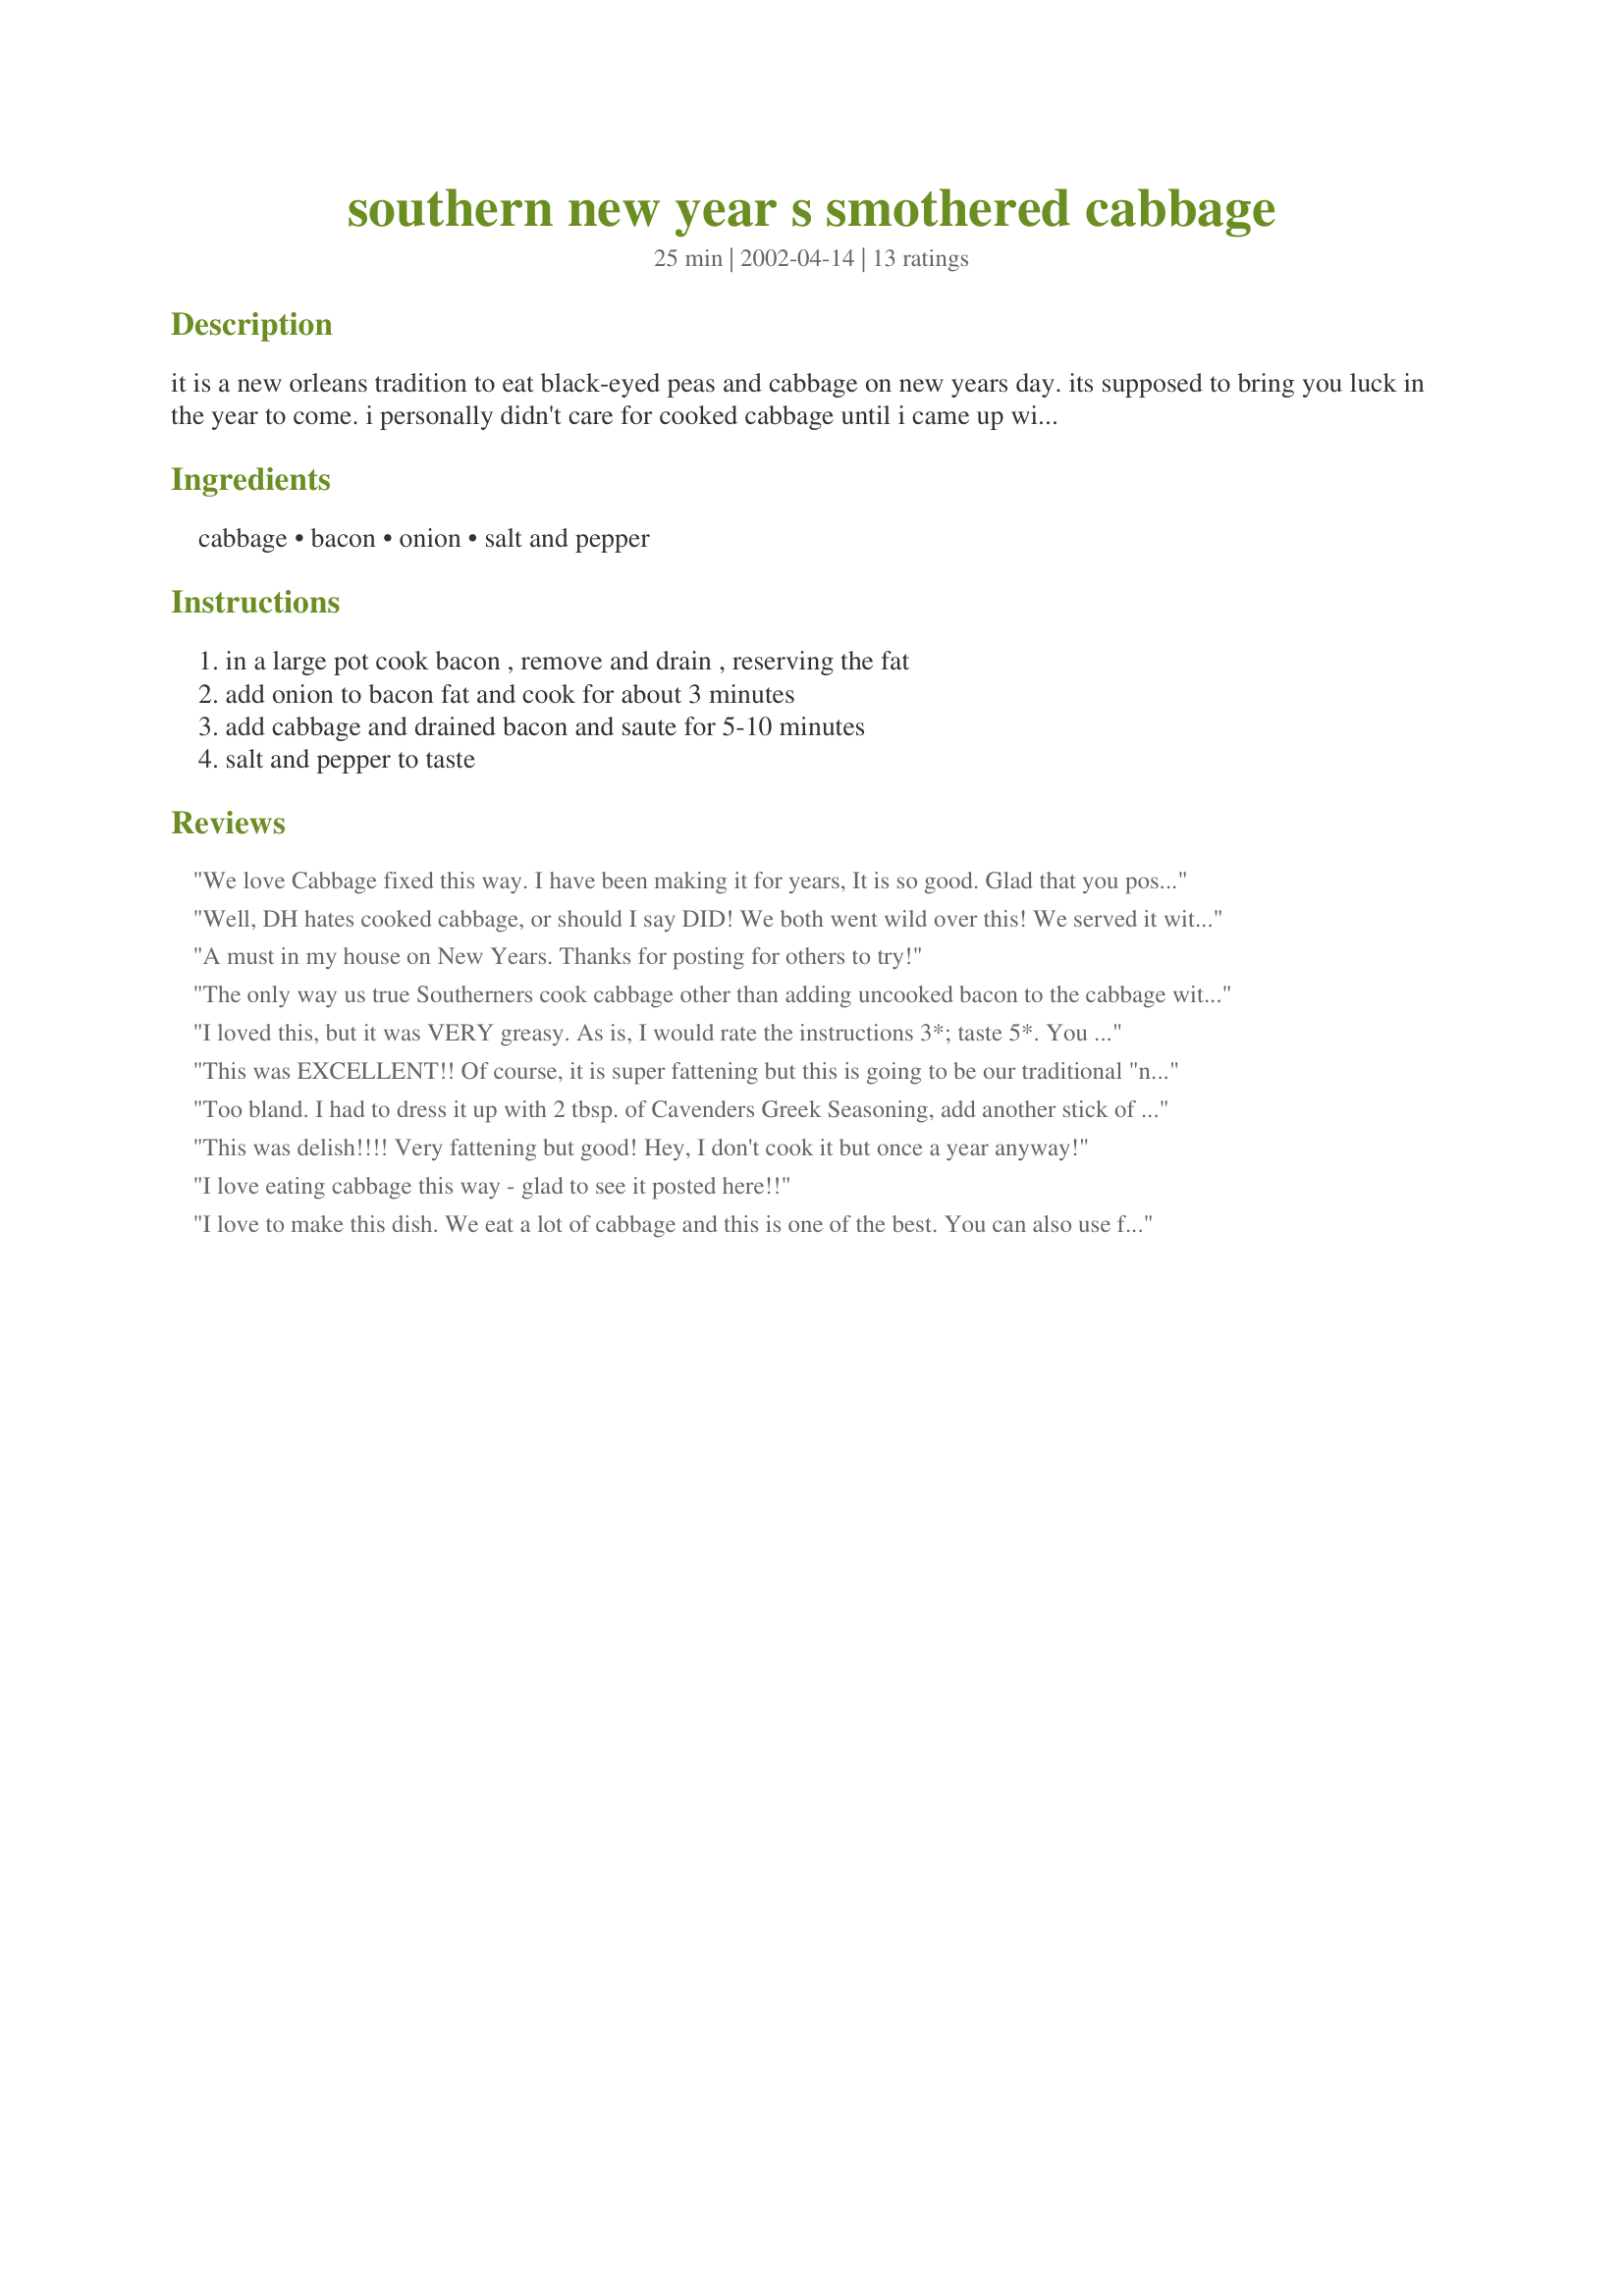
southern new year s smothered cabbage
Preparation time: 25 minutes

it is a new orleans tradition to eat black-eyed peas and cabbage on new years day. its supposed to bring you luck in the year to come. i personally didn't care for cooked cabbage until i came up with this recipe.

Ingredients:
cabbage, bacon, onion, salt and pepper

Steps:
in a large pot cook bacon , remove and drain , reserving the fat, add onion to bacon fat and cook for about 3 minutes, add cabbage and drained bacon and saute for 5-10 minutes, salt and pepper to taste

Reviews:
We love Cabbage fixed this way. I have been making it for years, It is so good. Glad that you posted the recipe for others to enjoy.
Well, DH hates cooked cabbage, or should I say DID! We both went wild over this! We served it with Amy V's pork chops and noodles (there went the cholestrol count..)and were in heaven. The flavor the bacon adds to this dish is unbelievable! (As Emeril says pork fat rules!) I did add some creole spice to it as it cooked to kick it up a notch. This will be an often served side dish at our house! Thanks Kari for getting DH to eat cabbage!!!!
A must in my house on New Years. Thanks for posting for others to try!
The only way us true Southerners cook cabbage other than adding uncooked bacon to the cabbage without frying it first.

Hope ya'll enjoy it as much as we do!
I loved this, but it was VERY greasy. As is, I would rate the instructions 3*; taste 5*. 

You really do want to dump almost ALL of the bacon drippings, reserving only enough to saute the onion. If you don't, you will have a totally greasy mess.

I sauteed the onions in all of the fat, because it didn't say whether to reserve the fat elsewhere, or in the pan to cook the onion. After I cooked the onions, I decided to dump almost all of the fat, and it's a good thing. With about a tbs. of grease left in the pan, and the grease from the drained bacon, it's still more than enough for the dish. Next time, I'll probably dump (save) almost the entire drippings.
This was EXCELLENT!! Of course, it is super fattening but this is going to be our traditional "new years" cabbage recipe! One day a year can't help, but I think I will have trouble not making it again before next year! Thanks!!
Too bland. I had to dress it up with 2 tbsp. of Cavenders Greek Seasoning, add another stick of butter, and the bacon seemed out of place. Would have been great with out the meat, better seasoning like I added. After I fixed it, it was the favorites dish at the pot luck New Years Dinner!~ Also, let it all steam until all wilted with a big tight lid, drain and put into casserole dish and serve.
This was delish!!!! Very fattening but good! Hey, I don't cook it but once a year anyway!
I love eating cabbage this way - glad to see it posted here!!
I love to make this dish. We eat a lot of cabbage and this is one of the best. You can also use fresh green beans too. I do not eat fresh beans unless they are cooked like this.
Pretty tasty.
We had this along with some fried pork chops and it was awesome! Thanks for sharing!
Cindy
Ilove this recipe. I have always used Ham Jucie. Now I will do it this way. Alot easier and do not have to have the Ham. I love Cabbage. Thank You. Hugs!!
